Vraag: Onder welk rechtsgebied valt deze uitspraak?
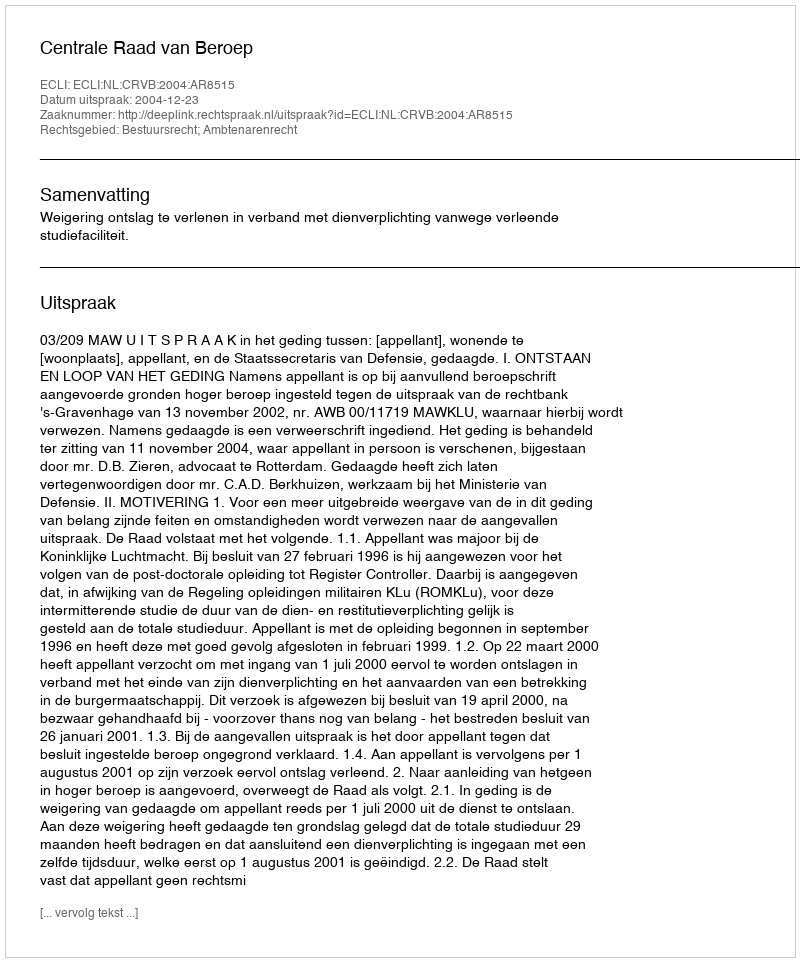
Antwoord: Bestuursrecht; Ambtenarenrecht